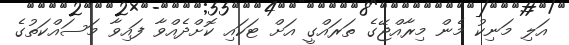
އަލި މަނިކު މެން މިރާއްޖޭގެ ތަރައްގީ އަށް ޓަކައި ކޮށްދެއްވާ ފައިވާ މަސައްކަތުގެ